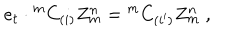
e _ { t } \cdot { ^ m C _ { ( i ) } } Z _ { m } ^ { n } = { ^ m C _ { ( i ^ { \prime } ) } } Z _ { m } ^ { n } ~ ,